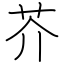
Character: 芥